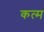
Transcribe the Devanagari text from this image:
कत्म